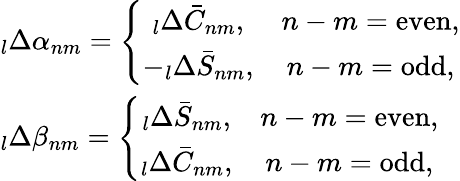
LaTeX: \begin{array}{l}{\phantom{}_{l}\Delta\alpha_{nm}=\left\{ \begin{array}{cc}{\phantom{}_{l}\Delta\bar{C}_{nm},}&{n-m=\mathrm{even},}\\ {-\phantom{}_{l}\Delta\bar{S}_{nm},}&{n-m=\mathrm{odd},}\end{array}\right.}\\ {\phantom{}_{l}\Delta\beta_{nm}=\left\{ \begin{array}{cc}{\phantom{}_{l}\Delta\bar{S}_{nm},}&{n-m=\mathrm{even},}\\ {\phantom{}_{l}\Delta\bar{C}_{nm},}&{n-m=\mathrm{odd},}\end{array}\right.}\end{array}